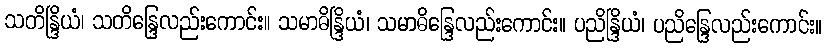
သတိန္ဒြိယံ၊ သတိန္ဒြေလည်းကောင်း။ သမာဓိန္ဒြိယံ၊ သမာဓိန္ဒြေလည်းကောင်း။ ပညိန္ဒြိယံ၊ ပညိန္ဒြေလည်းကောင်း။